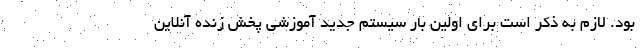
بود. لازم به ذکر است برای اولین بار سیستم جدید آموزشی پخش زنده آنلاین